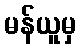
မန်ယူမှ